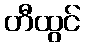
တီထွင်